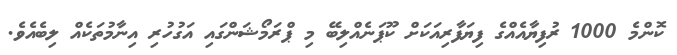
ކޮންމެ 1000 ރުފިޔާއެއްގެ ފިޔަފާރިއަކަށް ކޫޕަނެއްލިބޭ މި ޕްރަމޯޝަންގައި އަގުހުރި އިނާމުތަކެއް ލިބެއެވެ.